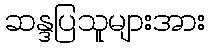
ဆန္ဒပြသူများအား